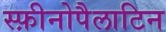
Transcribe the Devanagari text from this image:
स्फ़ीनोपैलाटिन